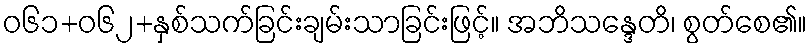
ဝ၆၁+၀၆၂+နှစ်သက်ခြင်းချမ်းသာခြင်းဖြင့်။ အဘိသန္ဒေတိ၊ စွတ်စေ၏။